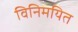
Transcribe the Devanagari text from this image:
विनिमयित